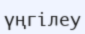
үңгілеу